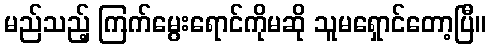
မည်သည့် ကြက်မွေးရောင်ကိုမဆို သူမရှောင်တော့ပြီ။